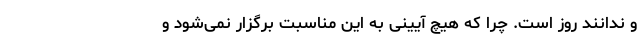
و ندانند روز است. چرا که هیچ آیینی به این مناسبت برگزار نمی‌شود و